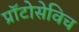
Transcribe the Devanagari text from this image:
प्राॅटोसेविच